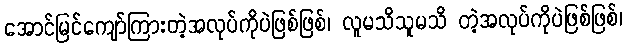
အောင်မြင်ကျော်ကြားတဲ့အလုပ်ကိုပဲဖြစ်ဖြစ်၊ လူမသိသူမသိ တဲ့အလုပ်ကိုပဲဖြစ်ဖြစ်၊